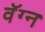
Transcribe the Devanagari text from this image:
वॅग्न